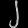
Digit: ၂